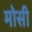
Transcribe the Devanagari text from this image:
मोसी